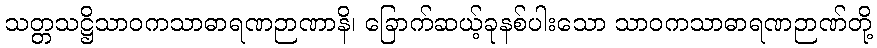
သတ္တသဋ္ဌိသာဝကသာဓာရဏဉာဏာနိ၊ ခြောက်ဆယ့်ခုနစ်ပါးသော သာဝကသာဓာရဏဉာဏ်တို့